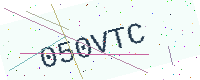
Text: 050VTC